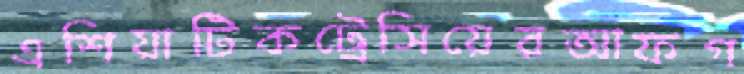
এশিয়াটিকট্রেসিয়েরআফগ